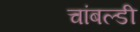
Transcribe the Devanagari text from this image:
चांबल्डी